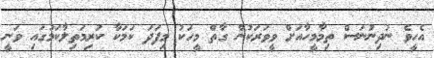
އެހީވެ ނުދިނުނަސް ތިމާމީހާއަށް ވީވަރަކުން ގާތް މީހަކު މިފަދަ ކަމަކާ ކުރިމަތިލާކަމުގައި ވަނީ